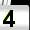
Digit: 4